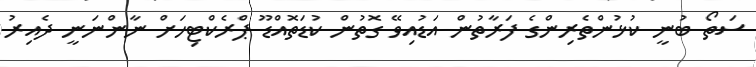
ސަތޯ ބުނީ ކުޅުންތެރިންގެ ފަރާތުން އަޑުއިވޭ ގޮތުން ކުޑަތޮއްޑޫ ޕްރެކްޓިހަށް ނާންނަނީ ދެއިރު